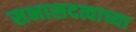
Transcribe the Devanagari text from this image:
सभासदत्वाच्या